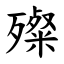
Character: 殩